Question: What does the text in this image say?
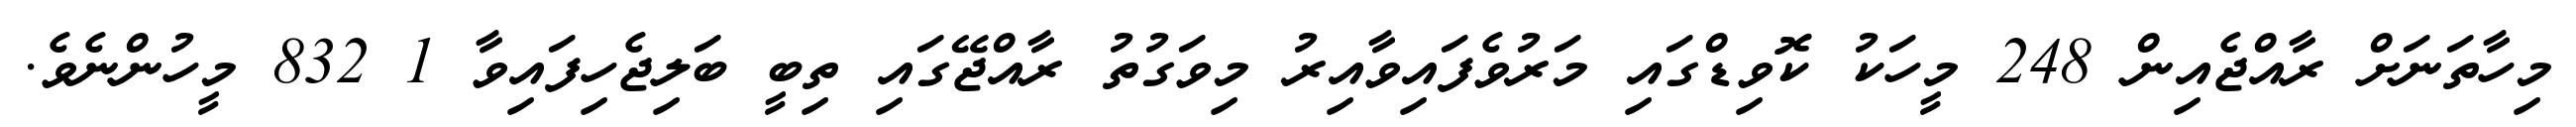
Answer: މިހާތަނަށް ރާއްޖެއިން 248 މީހަކު ކޮވިޑްގައި މަރުވެފައިވާއިރު މިވަގުތު ރާއްޖޭގައި ތިބީ ބަލިޖެހިފައިވާ 1 832 މީހުންނެވެ.